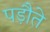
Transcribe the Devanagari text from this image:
पड़ौते